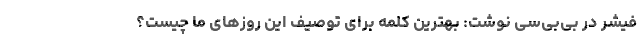
فیشر در بی‌بی‌سی نوشت: بهترین کلمه برای توصیف این روزهای ما چیست؟